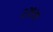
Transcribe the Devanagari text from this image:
२३१३१